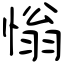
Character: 慃